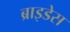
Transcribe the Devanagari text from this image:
ब्राइडेस